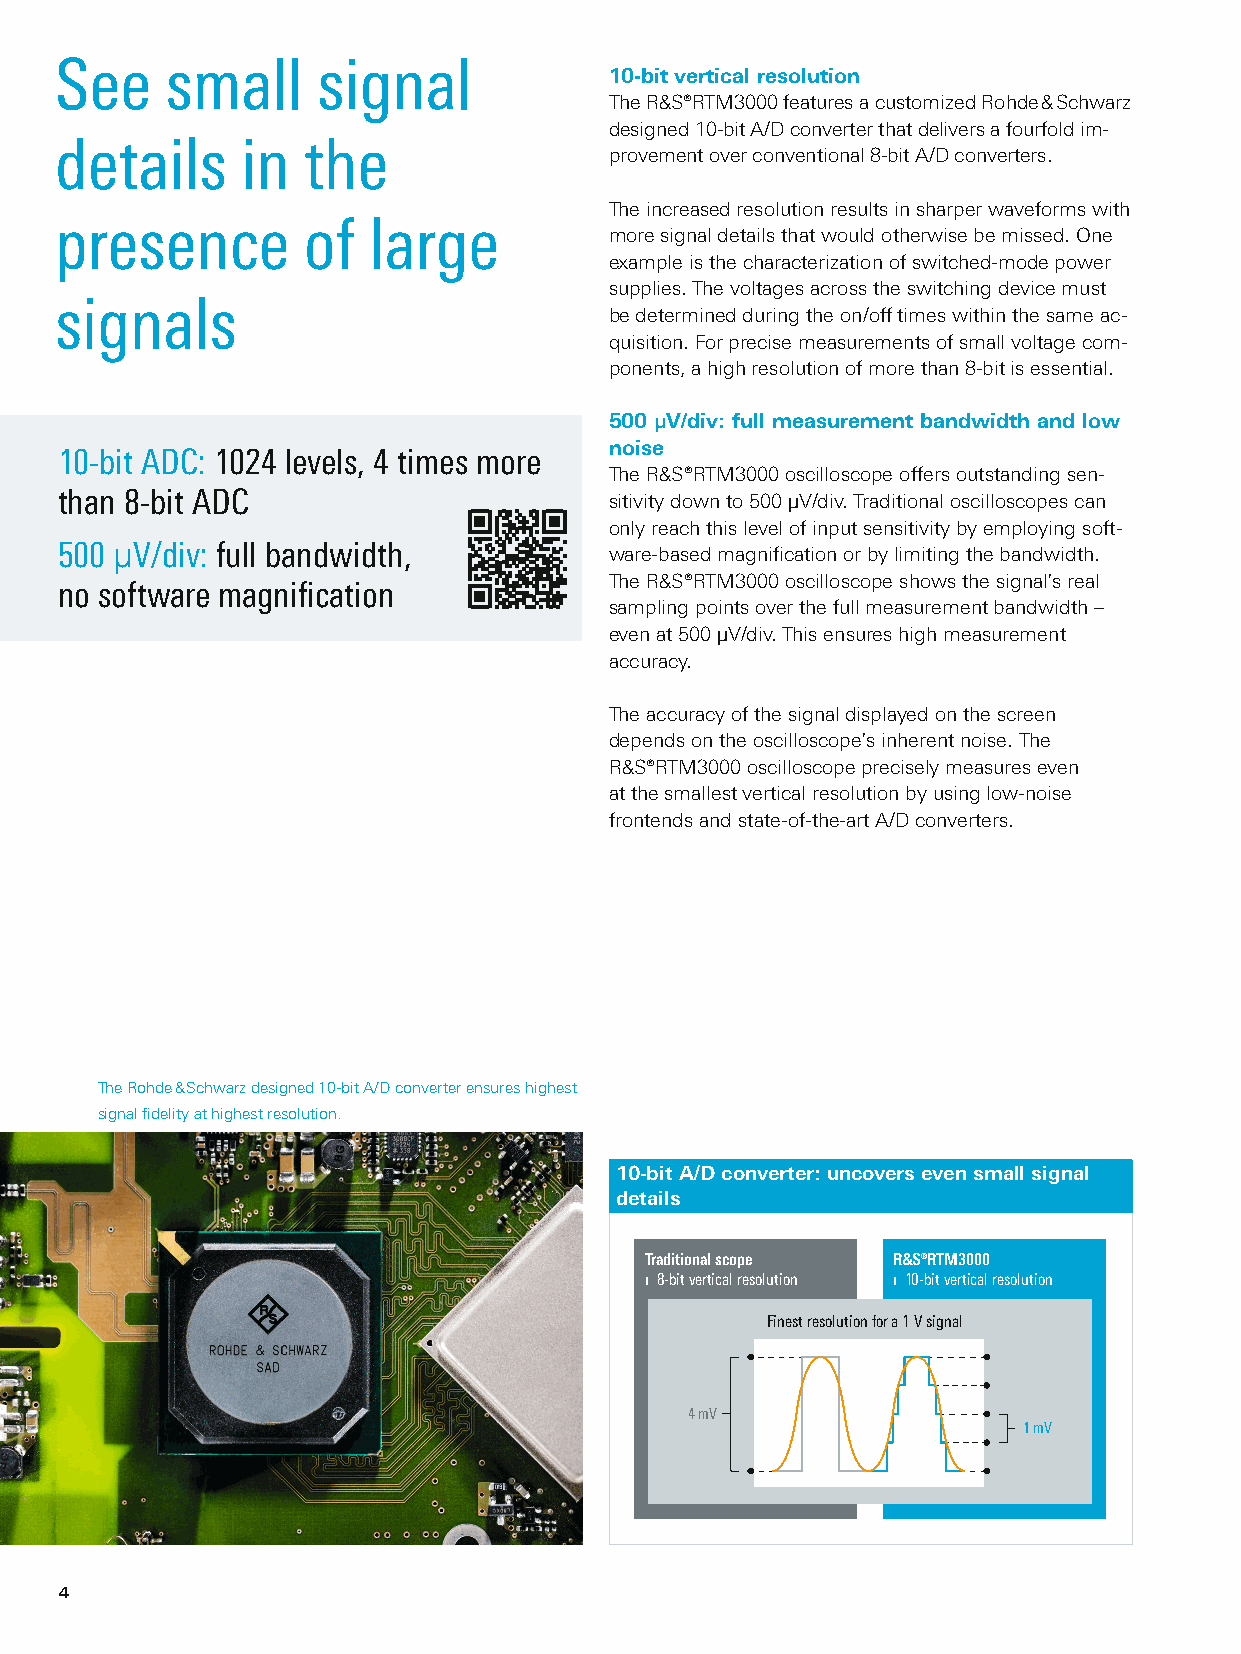
See    small     signal
 10-bit vertical resolution
 The R&S®RTM3000 features a customized Rohde & Schwarz
 designed 10-bit A/D converter that delivers a fourfold im-
 details     in  the
 provement over conventional 8-bit A/D converters.
 The increased resolution results in sharper waveforms with
 presence        of   large
 more signal details that would otherwise be missed. One
 example is the characterization of switched-mode power
 supplies. The voltages across the switching device must
 signals
 be determined during the on/off times within the same ac-
 quisition. For precise measurements of small voltage com-
 ponents, a high resolution of more than 8-bit is essential.
 500 µV/div: full measurement bandwidth and low
 noise
 10-bit ADC: 1024 levels, 4 times more
 The R&S®RTM3000 oscilloscope offers outstanding sen-
 than 8-bit ADC                      sitivity down to 500 µV/div. Traditional oscilloscopes can
 only reach this level of input sensitivity by employing soft-
 500 µV/div: full bandwidth,         ware-based magnification or by limiting the bandwidth.
 The R&S®RTM3000 oscilloscope shows the signal’s real
 no software magnification
 sampling points over the full measurement bandwidth –
 even at 500 µV/div. This ensures high measurement
 accuracy.
 The accuracy of the signal displayed on the screen
 depends on the oscilloscope’s inherent noise. The
 R&S®RTM3000 oscilloscope precisely measures even
 at the smallest vertical resolution by using low-noise
 frontends and state-of-the-art A/D converters.
 The Rohde & Schwarz designed 10-bit A/D converter ensures highest
 signal fidelity at highest resolution.
 10-bit A/D converter: uncovers even small signal
 details
 Traditional scope ¸RTM3000
 ❙ 8-bit vertical resolution ❙ 10-bit vertical resolution
 Finest resolution for a 1 V signal
 4 mV
 1 mV
 4
 RTM3000_bro_en_5214-9144-12_v0400.indd 4                                11.01.2018 09:01:21